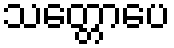
သတ္တောပေ